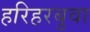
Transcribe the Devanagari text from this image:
हरिहरबुवा